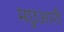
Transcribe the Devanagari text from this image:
मछुआरी